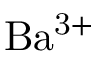
\mathrm { B a ^ { 3 + } }